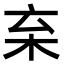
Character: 𣏋